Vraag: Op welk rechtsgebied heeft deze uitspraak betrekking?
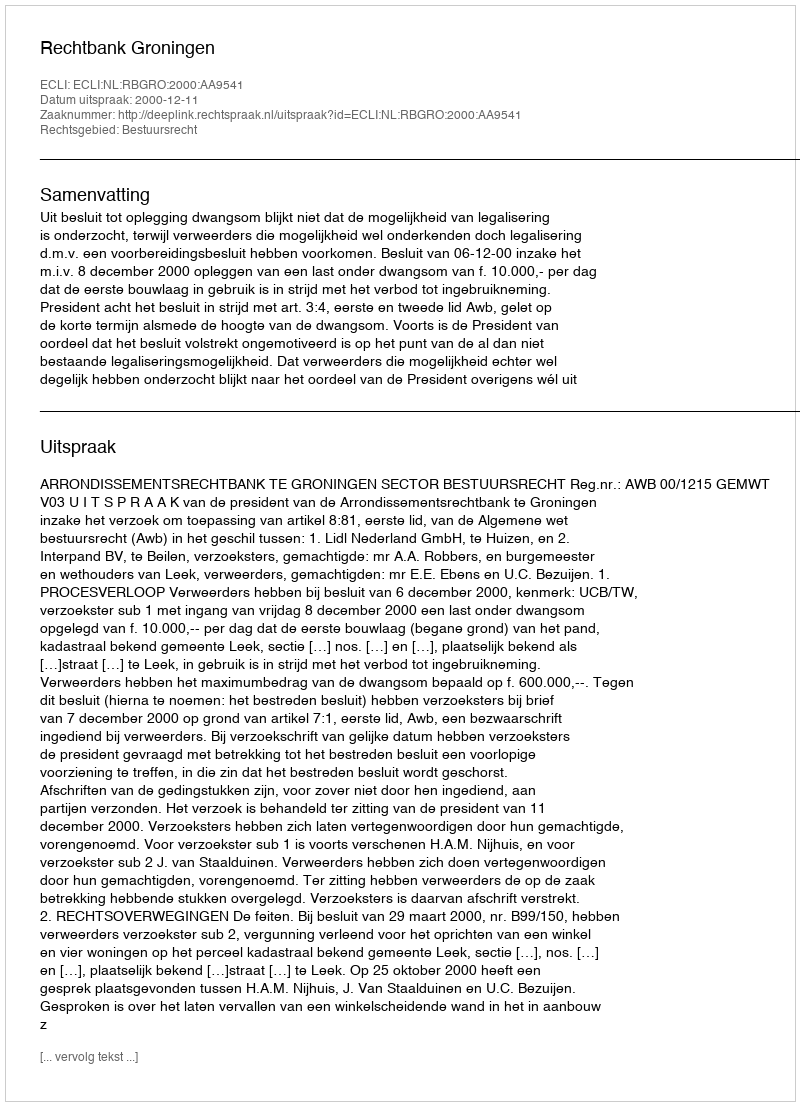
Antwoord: Bestuursrecht